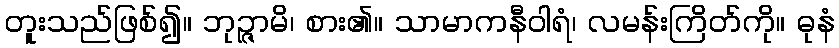
တူးသည်ဖြစ်၍။ ဘုဉ္ဇာမိ၊ စား၏။ သာမာကနီဝါရံ၊ လမန်းကြိတ်ကို။ ဓုနံ